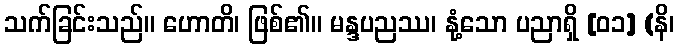
သက်ခြင်းသည်။ ဟောတိ၊ ဖြစ်၏။ မန္ဒပညဿ၊ နုံ့သော ပညာရှိ [၀၁] (နိ၊